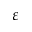
\varepsilon